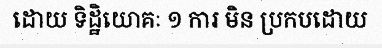
ដោយ ទិដ្ឋិយោគៈ ១ ការ មិន ប្រកបដោយ